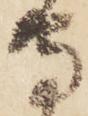
守